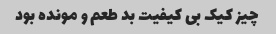
چیز کیک بی کیفیت بد طعم و مونده بود